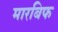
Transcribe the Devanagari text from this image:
मारबिफ